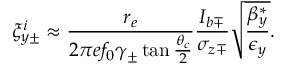
\xi _ { y \pm } ^ { i } \approx \frac { r _ { e } } { 2 \pi e f _ { 0 } \gamma _ { \pm } \tan \frac { \theta _ { c } } { 2 } } \frac { I _ { b \mp } } { \sigma _ { z \mp } } \sqrt { \frac { \beta _ { y } ^ { * } } { \epsilon _ { y } } } .